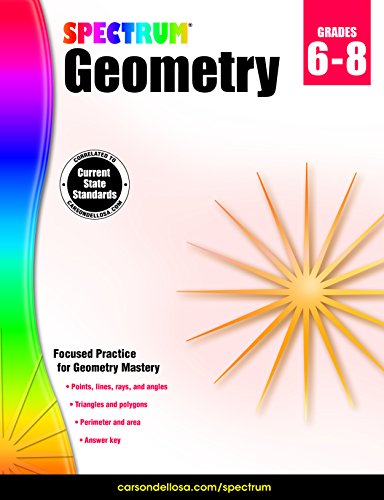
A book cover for Spectrum Geometry; Children's Books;